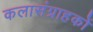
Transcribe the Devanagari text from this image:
कलासंग्राहकों